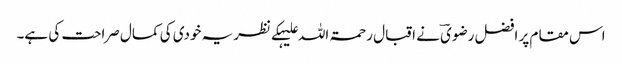
اس مقام پر افضل رضویؔ نے اقبال رحمۃ اللہ علیہکے نظریہ خودی کی کمال صراحت کی ہے۔